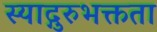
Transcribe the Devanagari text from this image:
स्याद्गुरुभक्तता